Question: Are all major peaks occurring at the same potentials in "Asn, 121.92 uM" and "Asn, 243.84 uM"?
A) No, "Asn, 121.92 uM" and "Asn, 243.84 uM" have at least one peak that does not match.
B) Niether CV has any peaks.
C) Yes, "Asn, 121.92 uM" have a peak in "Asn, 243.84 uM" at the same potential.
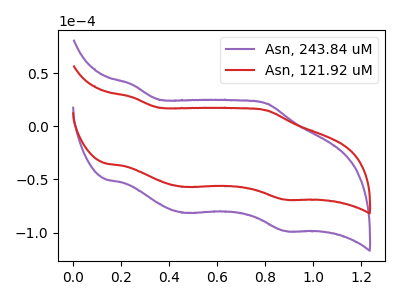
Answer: <think>The purple curve "Asn, 243.84 uM" has anodic peaks at (0.25V, 39.65uA) (0.80V, 21.60uA) and cathodic peaks at (0.45V, -81.40uA) (0.90V, -98.60uA). The red curve "Asn, 121.92 uM" has anodic peaks at (0.25V, 27.75uA) (0.80V, 15.10uA) and cathodic peaks at (0.45V, -56.95uA) (0.90V, -69.00uA).</think>
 <answer>C) Yes, "Asn, 121.92 uM" have a peak in "Asn, 243.84 uM" at the same potential.</answer>
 <eval>C</eval>